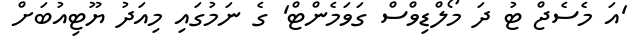
'އަ މެސެޖް ޓު ދަ މޯލްޑިވްސް ގަވަމެންޓް' ގެ ނަމުގައި މިއަދު ޔޫޓިއުބަށް